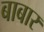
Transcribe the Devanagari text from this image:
बाबार